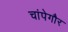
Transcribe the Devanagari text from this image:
चांपेगौर